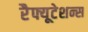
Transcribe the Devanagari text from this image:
रेैफ्यूटेशन्स